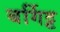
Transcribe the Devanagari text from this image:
बर्गिट्ट